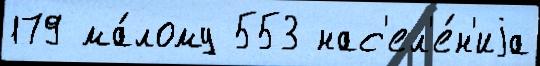
179 ма́лому 553 нас'ел'е́н'иjа